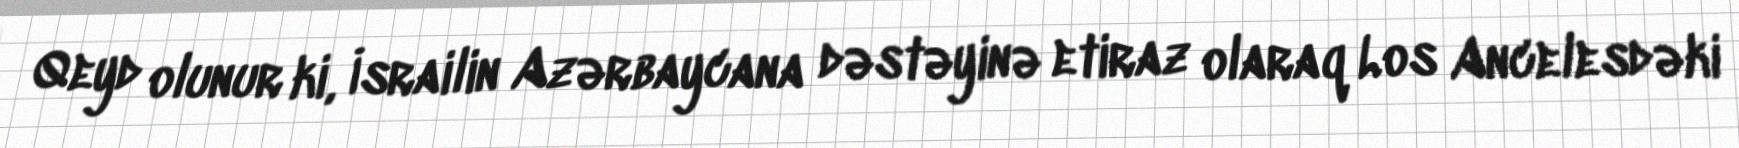
Qeyd olunur ki, İsrailin Azərbaycana dəstəyinə etiraz olaraq Los Ancelesdəki